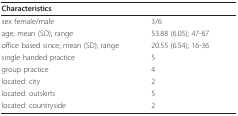
<table><thead><tr><td><b>Characteristics</b></td><td></td></tr></thead><tbody><tr><td>sex female/male</td><td>3/6</td></tr><tr><td>age; mean (SD); range</td><td>53.88 (6.05); 47-67</td></tr><tr><td>office based since; mean (SD); range</td><td>20.55 (6.54); 16-36</td></tr><tr><td>single handed practice</td><td>5</td></tr><tr><td>group practice</td><td>4</td></tr><tr><td>located: city</td><td>2</td></tr><tr><td>located: outskirts</td><td>5</td></tr><tr><td>located: countryside</td><td>2</td></tr></tbody></table>